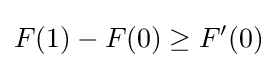
F(1)-F(0)\geq F'(0)